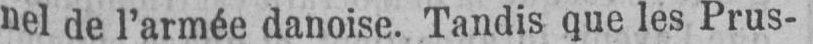
nel de l’armée danoise. Tandis que les Prus-